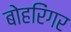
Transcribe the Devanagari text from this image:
बोहरिंगर